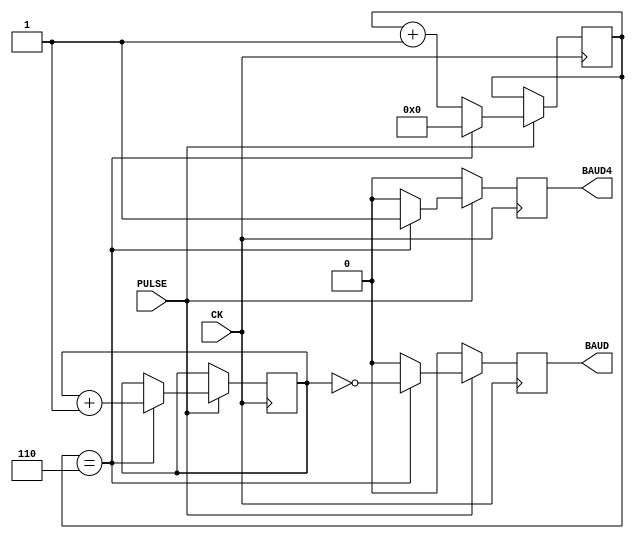


// Generates pulses at the baud rate and 4 times the baud rate.
`define bauddiv 28
module baudgen(PULSE, BAUD, BAUD4, CK);
  parameter bauddiv_4 = `bauddiv / 4;
  
  output BAUD, BAUD4;
  input PULSE, CK;
  
  reg BAUD = 0;
  reg BAUD4 = 0;
  reg [1:0] baudPhase = 0;
  reg [8:0] baudDivCounter = 0;
  
  always @(posedge CK)
  begin
    BAUD4 <= 0;
    BAUD <= 0;
    if (PULSE)
    begin
      if (baudDivCounter == bauddiv_4 - 1) begin
        baudDivCounter <= 0;
        BAUD4 <= 1;
        baudPhase <= baudPhase + 1;
        BAUD <= (baudPhase == 0);
      end else begin
        baudDivCounter <= baudDivCounter + 1;
      end
    end
  end
endmodule